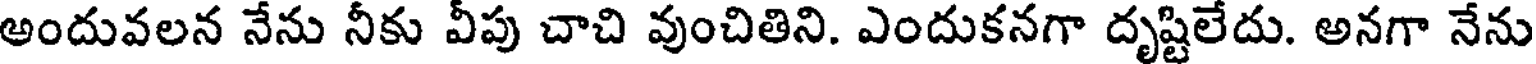
అందువలన నేను నీకు వీపు చాచి వుంచితిని. ఎందుకనగా దృష్టిలేదు. అనగా నేను